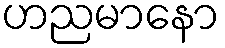
ဟညမာနော